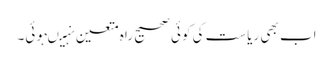
اب بھی ریاست کی کوئی صحیح راہ متعین نہیںہوئی۔